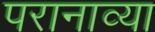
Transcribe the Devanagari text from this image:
परानाव्या